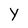
Character: Y